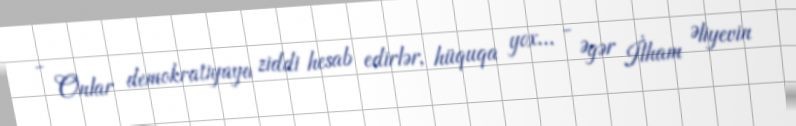
- Onlar demokratiyaya ziddi hesab edirlər, hüquqa yox... - Əgər İlham Əliyevin